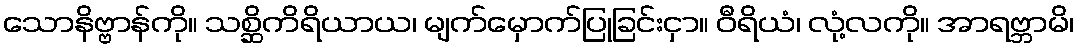
သောနိဗ္ဗာန်ကို။ သစ္ဆိကိရိယာယ၊ မျက်မှောက်ပြုခြင်းငှာ။ ဝီရိယံ၊ လုံ့လကို။ အာရဗ္ဘာမိ၊